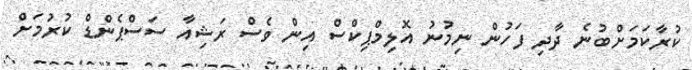
ކުރާކަމަށްބުނެ ދާދި ފަހުން ނިމުނު އޮލިމްޕިކްސް އިން ވެސް ރަޝިއާ ސަސްޕެންޑް ކުރުމަށް